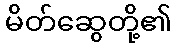
မိတ်ဆွေတို့၏